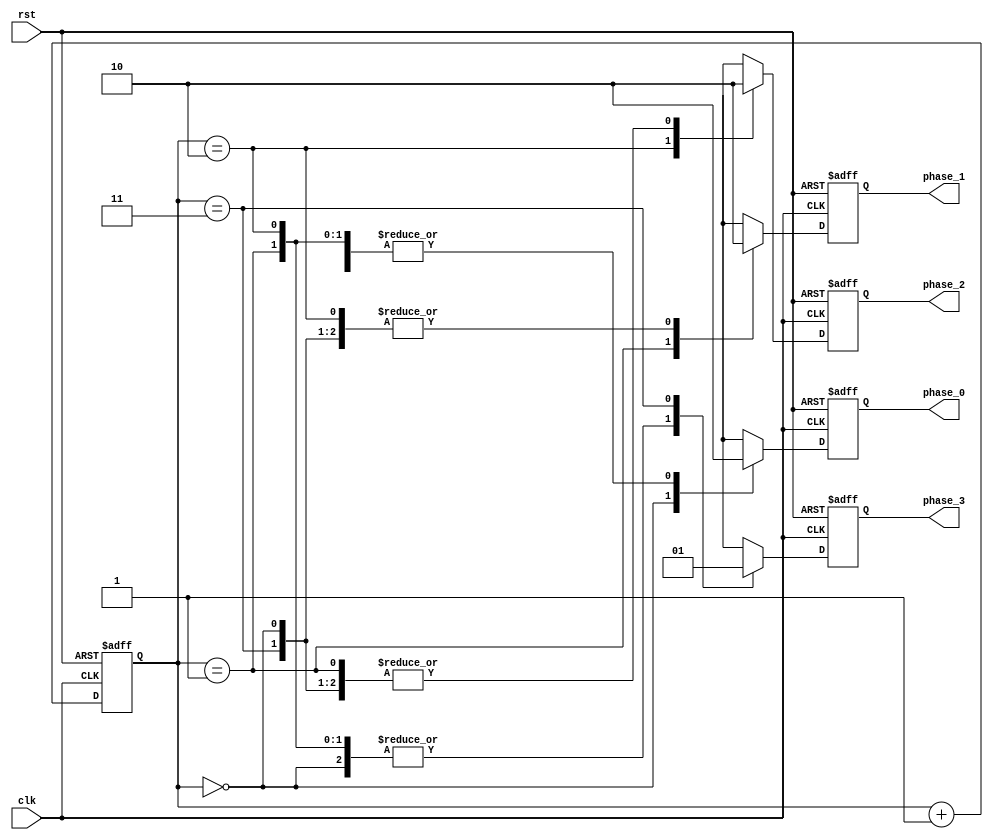
module multi_phase_clock_divider (
    input clk,
    input rst,
    output reg phase_0,
    output reg phase_1,
    output reg phase_2,
    output reg phase_3
);

reg [1:0] count;
always @(posedge clk or posedge rst) begin
    if (rst) begin
        count <= 2'b00;
        phase_0 <= 1'b0;
        phase_1 <= 1'b0;
        phase_2 <= 1'b0;
        phase_3 <= 1'b0;
    end else begin
        count <= count + 1;
        case (count)
            2'b00: begin
                phase_0 <= 1'b1;
                phase_1 <= 1'b0;
                phase_2 <= 1'b0;
	        phase_3 <= 1'b0;
            end
            2'b01: begin
                phase_0 <= 1'b0;
                phase_1 <= 1'b1;
                phase_2 <= 1'b0;
	        phase_3 <= 1'b0;
            end
            2'b10: begin
                phase_0 <= 1'b0;
                phase_1 <= 1'b0;
                phase_2 <= 1'b1;
	        phase_3 <= 1'b0;
            end
            2'b11: begin
                phase_0 <= 1'b0;
                phase_1 <= 1'b0;
                phase_2 <= 1'b0;
	        phase_3 <= 1'b1;
            end
        endcase
    end
end

endmodule